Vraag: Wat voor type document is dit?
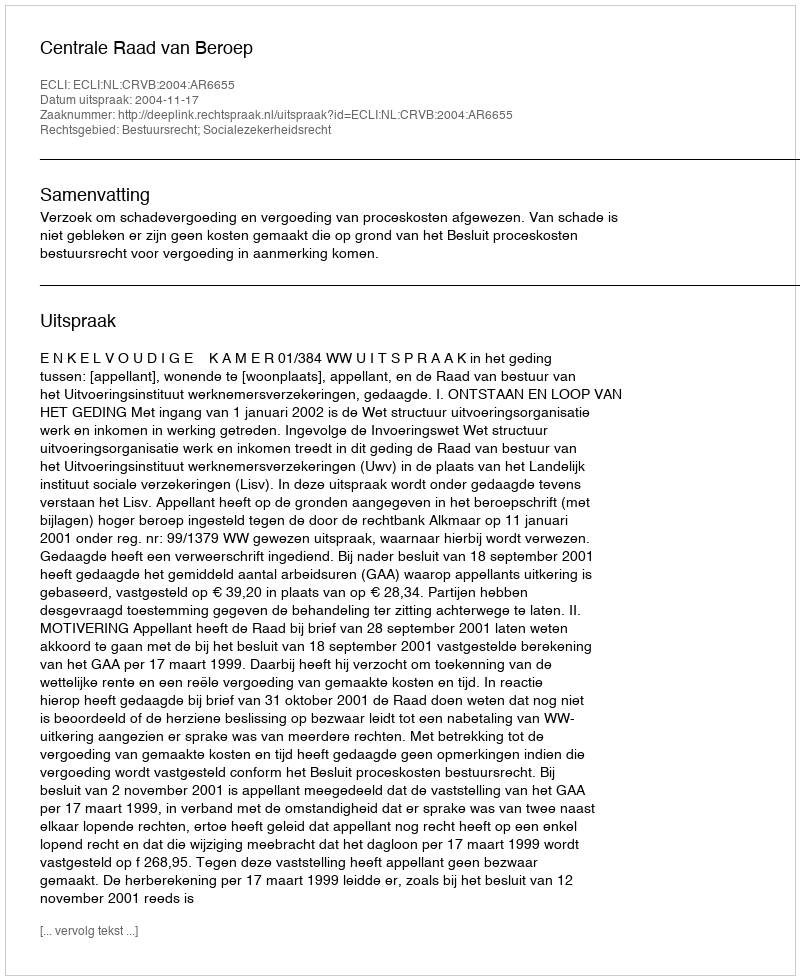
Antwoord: Uitspraak